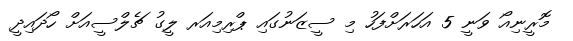
މޮރީނިއޯ ވަނީ 5 އަހަރަށްފަހު މި ސީޒަނުގައި ޕްރިމިއަރ ލީގު ޗެލްސީއަށް ހޯދައިދީ